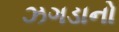
ઝગડાનો